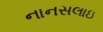
નાનસલાઇ